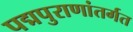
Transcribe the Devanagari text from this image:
पद्मपुराणांतर्गत